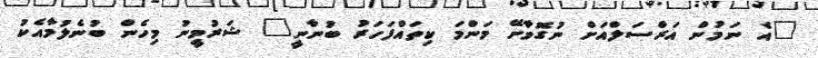
"އެ ނަމުން އަރްސަލްއަށް ނުގޮވާށޭ މަންމަ ކިތައްފަހަރު ބުނާނީ" ޝަރުމީނު މިހެން ބުނެލުމާއެކު